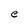
Character: e